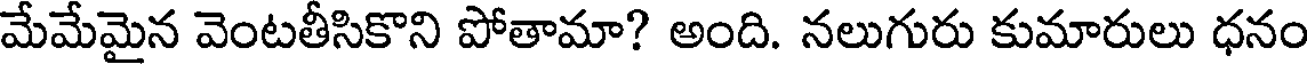
మేమేమైన వెంటతీసికొని పోతామా? అంది. నలుగురు కుమారులు ధనం